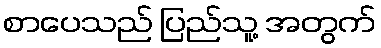
စာပေသည် ပြည်သူ့ အတွက်